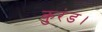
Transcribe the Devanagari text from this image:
कुरंड।